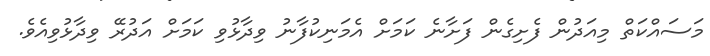
މަސައްކަތް މިއަދުން ފެށިގެން ފަށާނެ ކަމަށް އެމަނިކުފާނު ވިދާޅުވި ކަމަށް އަދުރޭ ވިދާޅުވިއެވެ.